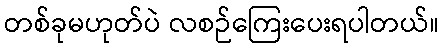
တစ်ခုမဟုတ်ပဲ လစဉ်ကြေးပေးရပါတယ်။